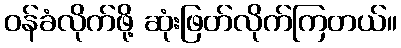
ဝန်ခံလိုက်ဖို့ ဆုံးဖြတ်လိုက်ကြတယ်။